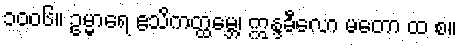
၁၀၀၆။ ဥမ္မာရေ ဧသိကတ္ထမ္ဘေ၊ ဣန္ဒခီလော မတော ထ စ။